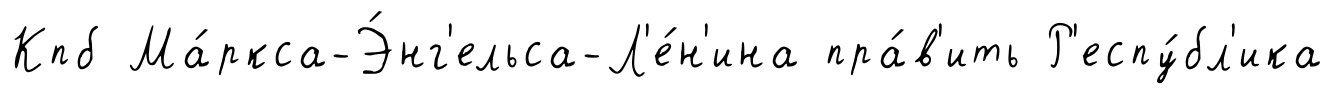
Кпб Ма́ркса-Э́нг'ельса-Л'е́н'ина пра́в'ить Р'еспу́бл'ика